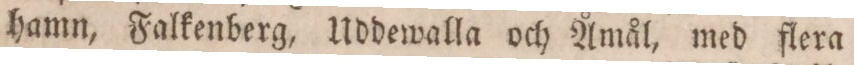
hamn, Falkenberg, Uddewalla och Åmål, med flera